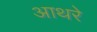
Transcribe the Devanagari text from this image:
आथरे